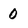
Character: 0